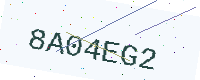
Text: 8A04EG2